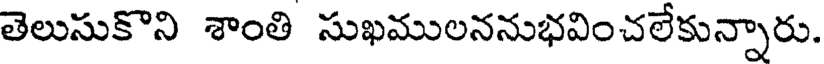
తెలుసుకొని శాంతి సుఖములననుభవించలేకున్నారు.